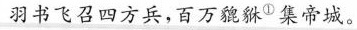
羽书飞召四方兵，百万貔貅^{①}集帝城。